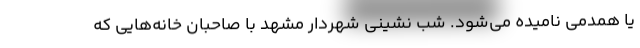
یا همدمی نامیده می‌شود. شب نشینی شهردار مشهد با صاحبان خانه‌هایی که